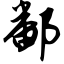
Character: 鄱